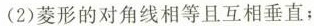
(2)菱形的对角线相等且互相垂直；